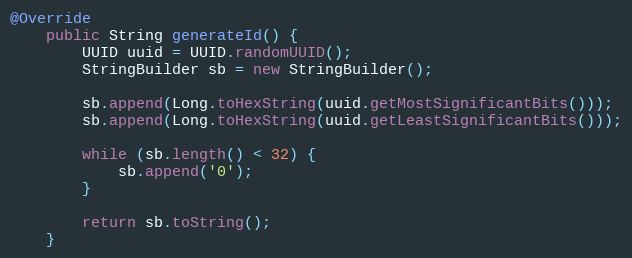
Language: Java
@Override
    public String generateId() {
        UUID uuid = UUID.randomUUID();
        StringBuilder sb = new StringBuilder();

        sb.append(Long.toHexString(uuid.getMostSignificantBits()));
        sb.append(Long.toHexString(uuid.getLeastSignificantBits()));

        while (sb.length() < 32) {
            sb.append('0');
        }

        return sb.toString();
    }